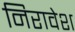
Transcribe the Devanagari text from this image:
निरावेश